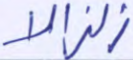
زلزالا